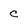
Character: c